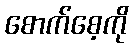
စောက်စေ့ကို